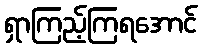
ရှာကြည့်ကြရအောင်